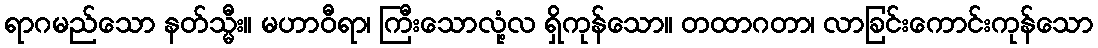
ရာဂမည်သော နတ်သ္မီး။ မဟာဝီရာ၊ ကြီးသောလုံ့လ ရှိကုန်သော။ တထာဂတာ၊ လာခြင်းကောင်းကုန်သော